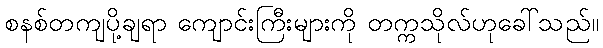
စနစ်တကျပို့ချရာ ကျောင်းကြီးများကို တက္ကသိုလ်ဟုခေါ်သည်။